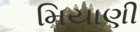
મિયાણી